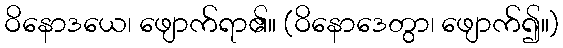
ဝိနောဒယေ၊ ဖျောက်ရာ၏။ (ဝိနောဒေတွာ၊ ဖျောက်၍။)